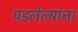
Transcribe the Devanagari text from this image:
पडलेल्यांना